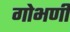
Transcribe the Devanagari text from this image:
गोभणी